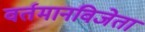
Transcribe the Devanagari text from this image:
वर्तमानविजेता